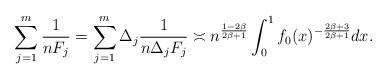
LaTeX: \begin{align*}\sum_{j=1}^m \frac 1{nF_j} = \sum_{j=1}^m \Delta_j \frac{1}{n \Delta_j F_j} \asymp n^{\frac{1-2\beta}{2\beta+1}}\int_0^1 f_0(x)^{-\frac{2\beta+3}{2\beta+1}} dx.\end{align*}